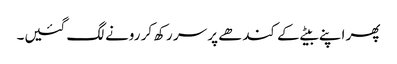
پھر اپنے بیٹے کے کندھے پر سر رکھ کر رونے لگ گئیں۔